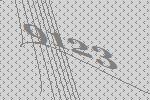
9123